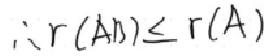
\(\therefore r(AB)\leq r(A)\)